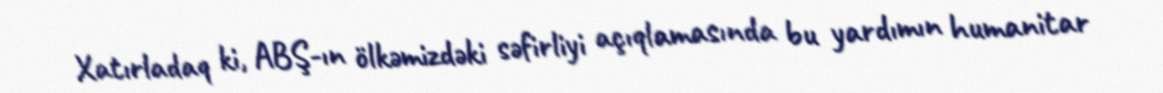
Xatırladaq ki, ABŞ-ın ölkəmizdəki səfirliyi açıqlamasında bu yardımın humanitar